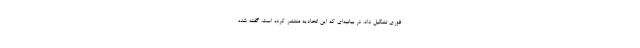
فوری تشکیل داد. در بیانیه‌ای که این اتحادیه منتشر کرده است، گفته شده